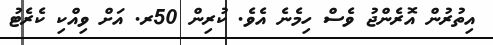
އިތުރުން އޮރެންޖު ވެސް ހިމެނެ އެވެ. ކުރިން 50ރ. އަށް ވިއްކި ކެރެޓު